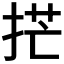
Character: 𫼳